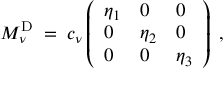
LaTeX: M _ { \nu } ^ { \mathrm { D } } \; = \; c _ { \nu } \left( \begin{array} { l l l } { { \eta _ { 1 } } } & { { 0 } } & { { 0 } } \\ { { 0 } } & { { \eta _ { 2 } } } & { { 0 } } \\ { { 0 } } & { { 0 } } & { { \eta _ { 3 } } } \end{array} \right) \; ,